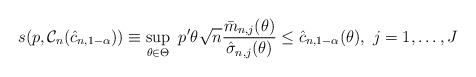
LaTeX: \begin{align*}s(p,\mathcal C_n(\hat{c}_{n,1-\alpha}))\equiv\sup_{\theta\in\Theta} ~p'\theta \sqrt{n} \frac{\bar{m}_{n,j}(\theta )}{\hat{\sigma}_{n,j}(\theta )}\leq \hat{c}_{n,1-\alpha}(\theta),~j=1,\dots ,J\end{align*}